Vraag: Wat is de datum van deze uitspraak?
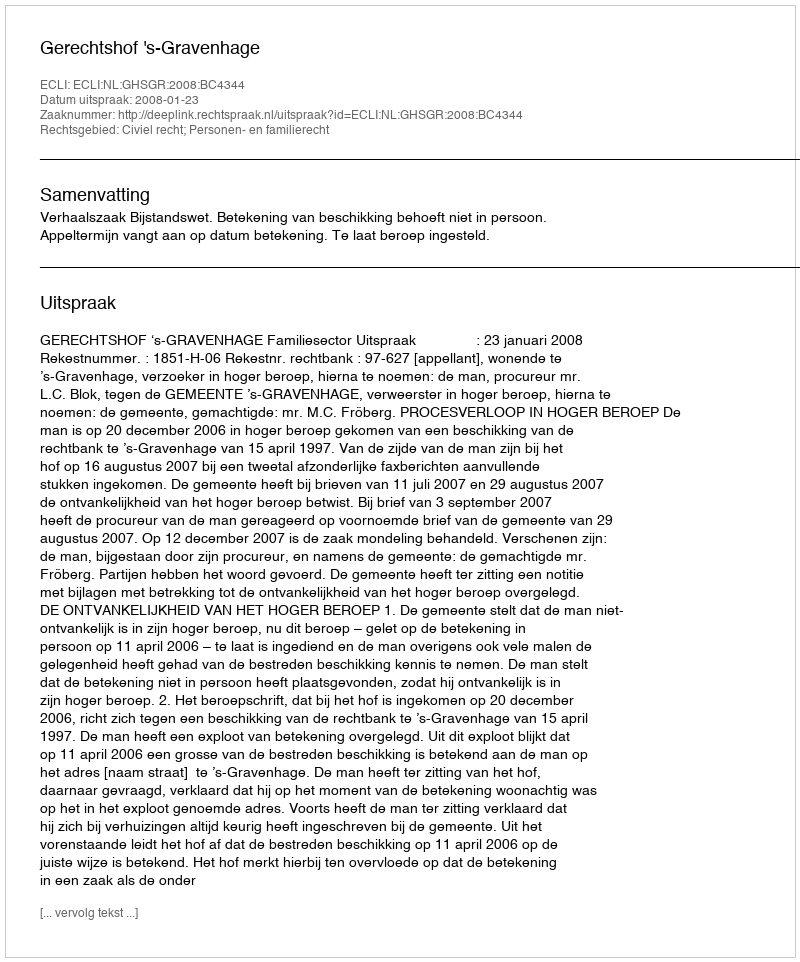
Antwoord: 2008-01-23